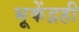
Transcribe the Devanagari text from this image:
भूकेंद्रही